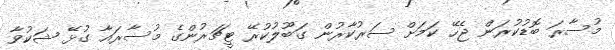
މުސާރަ ބޮޑުކުރަން ޖެހޭ ކަމަށް ސަރުކާރުން ގަބޫލުކުރޭ ޓީޗަރުންގެ މުސާރައާ ގުޅޭ ޝަކުވާ